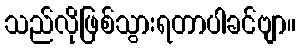
သည်လိုဖြစ်သွားရတာပါခင်ဗျာ။